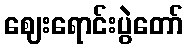
ဈေးရောင်းပွဲတော်